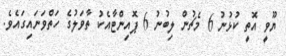
ޔޫވީ އޮތީ ކުޅުނު 6 މެޗުން ލިބުނު 6 ޕޮއިންޓާއެކު ތާވަލުގެ ހަތްވަނައިގައެވެ.